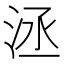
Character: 洆